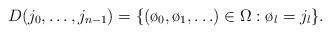
LaTeX: \begin{align*}D(j_0,\ldots,j_{n-1})=\{(\o_0,\o_1,\ldots)\in\Omega:\o_l=j_l\}.\end{align*}